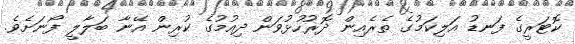
ކޮޓަރީގެ ފަނޑު އަލިކަމުގެ ތެރެއިން ދޮރުހުޅުވަން ދިއުމުގެ ކުރިން އޭނާ ބަލާލީ ފޯނަށެވެ.